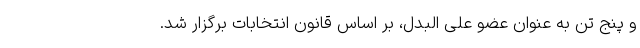
و پنج تن به عنوان عضو علی البدل، بر اساس قانون انتخابات برگزار شد.